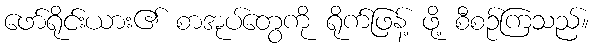
ဖော်ရိုင်းယား၏ စာအုပ်တွေကို ရိုက်ဖြန့် ဖို့ စီစဉ်ကြသည်။